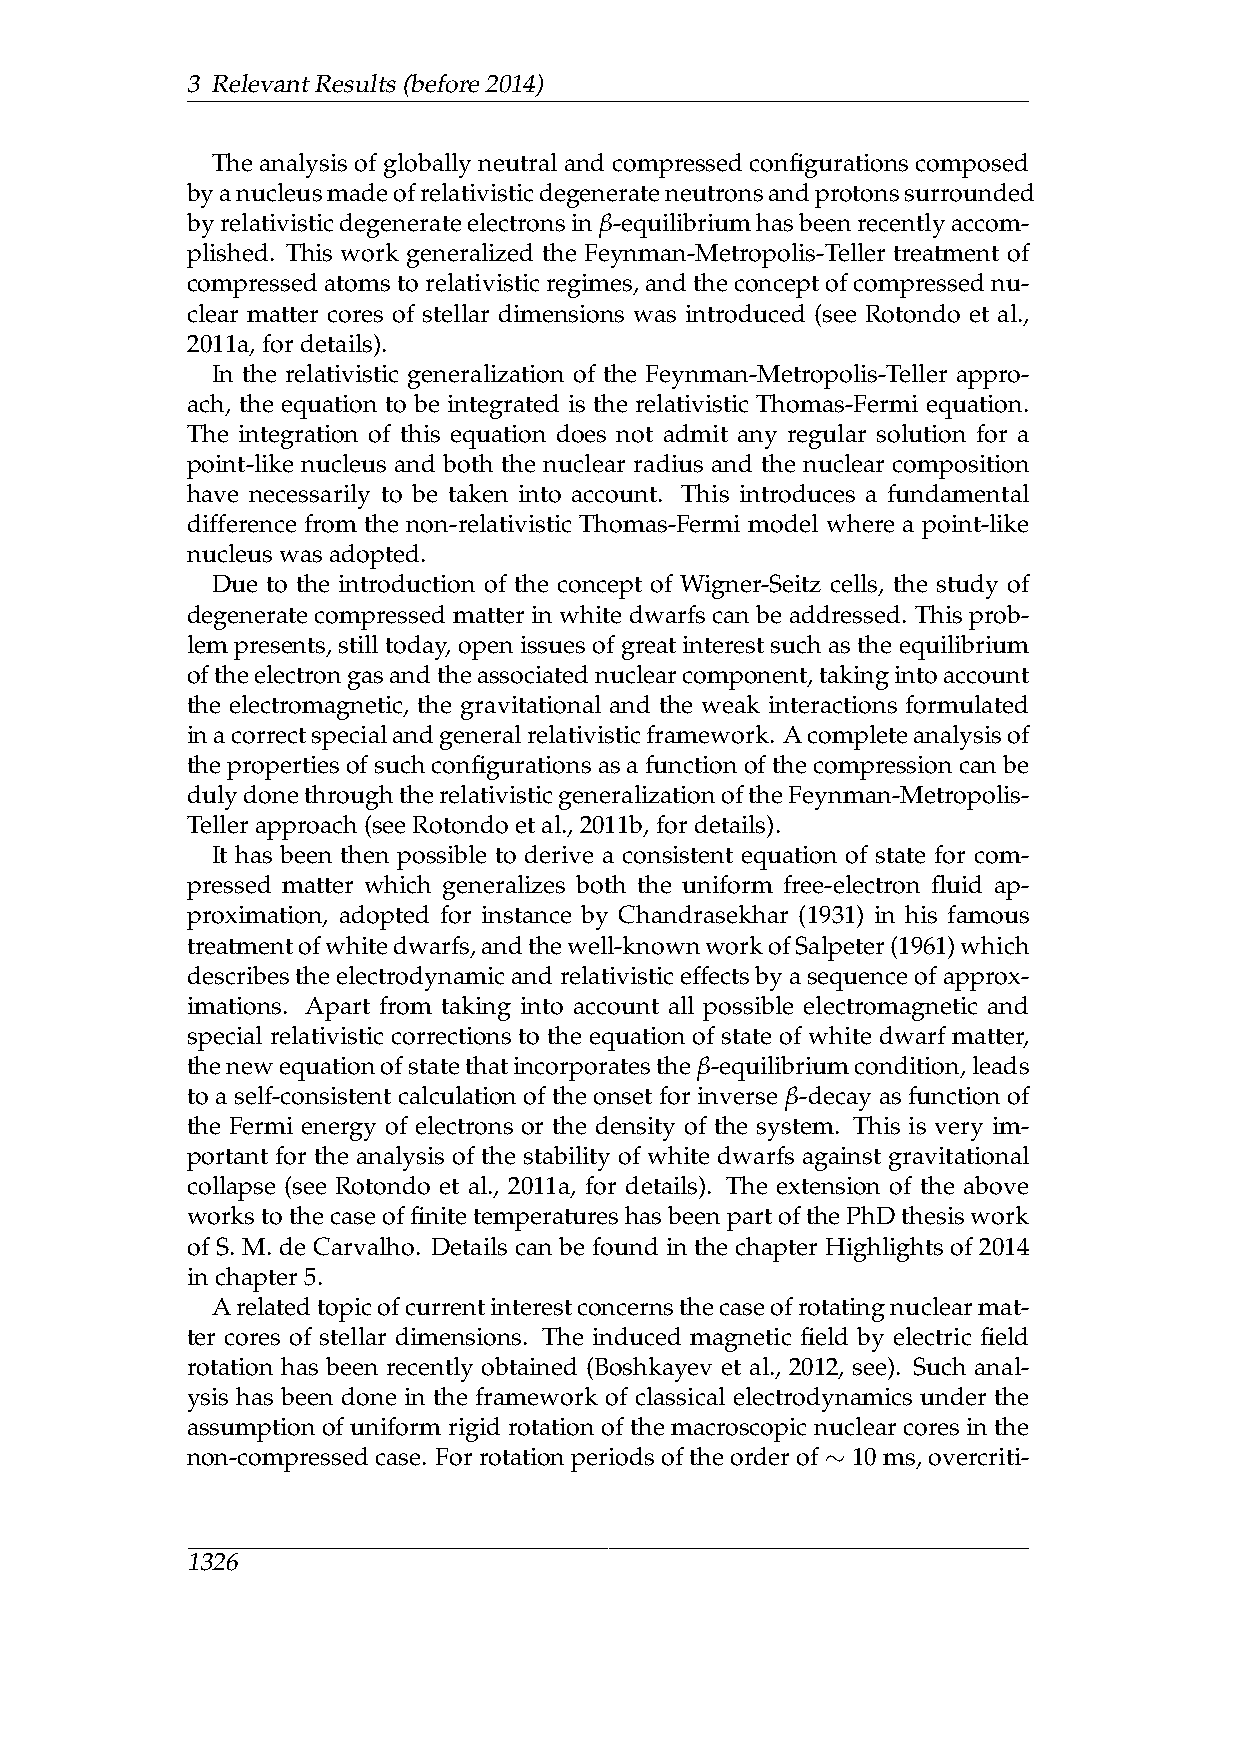
3 RelevantResults(before2014)
 The analysis of globally neutral and compressed configurations composed
 byanucleusmadeofrelativisticdegenerateneutronsandprotonssurrounded
 byrelativisticdegenerateelectronsinβ-equilibriumhasbeenrecentlyaccom-
 plished. This work generalized the Feynman-Metropolis-Teller treatment of
 compressedatomstorelativisticregimes,andtheconceptofcompressednu-
 clear matter cores of stellar dimensions was introduced (see Rotondo et al.,
 2011a,fordetails).
 In the relativistic generalization of the Feynman-Metropolis-Teller appro-
 ach, the equation to be integrated is the relativistic Thomas-Fermi equation.
 The integration of this equation does not admit any regular solution for a
 point-like nucleus and both the nuclear radius and the nuclear composition
 have necessarily to be taken into account. This introduces a fundamental
 difference from the non-relativistic Thomas-Fermi model where a point-like
 nucleuswasadopted.
 Due to the introduction of the concept of Wigner-Seitz cells, the study of
 degenerate compressed matter in white dwarfs can be addressed. This prob-
 lem presents, still today, open issues of great interest such as the equilibrium
 oftheelectrongasandtheassociatednuclearcomponent,takingintoaccount
 the electromagnetic, the gravitational and the weak interactions formulated
 inacorrectspecialandgeneralrelativisticframework. Acompleteanalysisof
 thepropertiesofsuchconfigurationsasafunctionofthecompressioncanbe
 dulydonethroughtherelativisticgeneralizationoftheFeynman-Metropolis-
 Tellerapproach(seeRotondoetal.,2011b,fordetails).
 It has been then possible to derive a consistent equation of state for com-
 pressed matter which generalizes both the uniform free-electron fluid ap-
 proximation, adopted for instance by Chandrasekhar (1931) in his famous
 treatmentofwhitedwarfs,andthewell-knownworkofSalpeter(1961)which
 describestheelectrodynamicandrelativisticeffectsbyasequenceofapprox-
 imations. Apart from taking into account all possible electromagnetic and
 special relativistic corrections to the equation of state of white dwarf matter,
 thenewequationofstatethatincorporatestheβ-equilibriumcondition,leads
 to a self-consistent calculation of the onset for inverse β-decay as function of
 the Fermi energy of electrons or the density of the system. This is very im-
 portant for the analysis of the stability of white dwarfs against gravitational
 collapse (see Rotondo et al., 2011a, for details). The extension of the above
 workstothecaseoffinitetemperatureshasbeenpartofthePhDthesiswork
 of S. M. de Carvalho. Details can be found in the chapter Highlights of 2014
 inchapter5.
 Arelatedtopicofcurrentinterestconcernsthecaseofrotatingnuclearmat-
 ter cores of stellar dimensions. The induced magnetic field by electric field
 rotation has been recently obtained (Boshkayev et al., 2012, see). Such anal-
 ysis has been done in the framework of classical electrodynamics under the
 assumption of uniform rigid rotation of the macroscopic nuclear cores in the
 non-compressedcase. Forrotationperiodsoftheorderof 10ms,overcriti-
 ∼
 1326